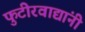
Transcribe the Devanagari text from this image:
फुटीरवाद्यांनी